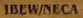
IBLW/NECA